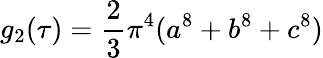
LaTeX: g_{2}(\tau)={\frac{2}{3}}\pi^{4}(a^{8}+b^{8}+c^{8})